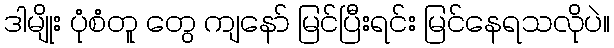
ဒါမျိုး ပုံစံတူ တွေ ကျနော် မြင်ပြီးရင်း မြင်နေရသလိုပဲ။